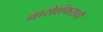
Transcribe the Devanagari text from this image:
नारोशंकराची